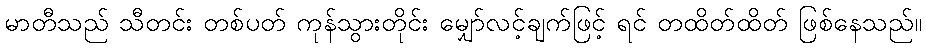
မာတီသည် သီတင်း တစ်ပတ် ကုန်သွားတိုင်း မျှော်လင့်ချက်ဖြင့် ရင် တထိတ်ထိတ် ဖြစ်နေသည်။